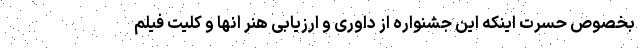
بخصوص حسرت اینکه این جشنواره از داوری و ارزیابی هنر انها و کلیت فیلم